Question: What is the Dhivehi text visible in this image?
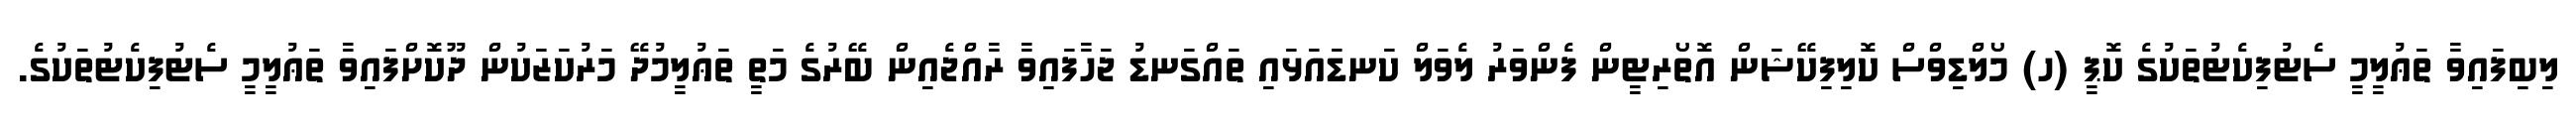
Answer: ލިބިފައިވާ ތަޢުލީމީ ސެޓުފިކެޓުތަކުގެ ކޮޕީ (ހ) މޯލްޑިވްސް ކޮލިފިކޭޝަން އޮތޯރިޓީން ފެންވަރު ލެވަލް ކަނޑައަޅައި ތައްގަނޑު ޖަހާފައިވާ ރާއްޖެއިން ބޭރުގެ މަތީ ތަޢުލީމުދޭ މަރުކަޒަކުން ދޫކޮށްފައިވާ ތަޢުލީމީ ސެޓުފިކެޓުތަކުގެ.